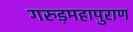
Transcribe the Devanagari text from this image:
गरुड़महापुराण